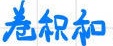
卷积和